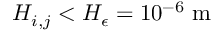
H _ { i , j } < H _ { \epsilon } = 1 0 ^ { - 6 } \textrm { m }